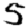
Digit: 5